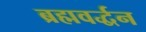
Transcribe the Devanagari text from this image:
ब्रह्मवर्द्धन